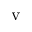
\mathrm { v }